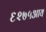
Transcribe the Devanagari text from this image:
६२७५आय